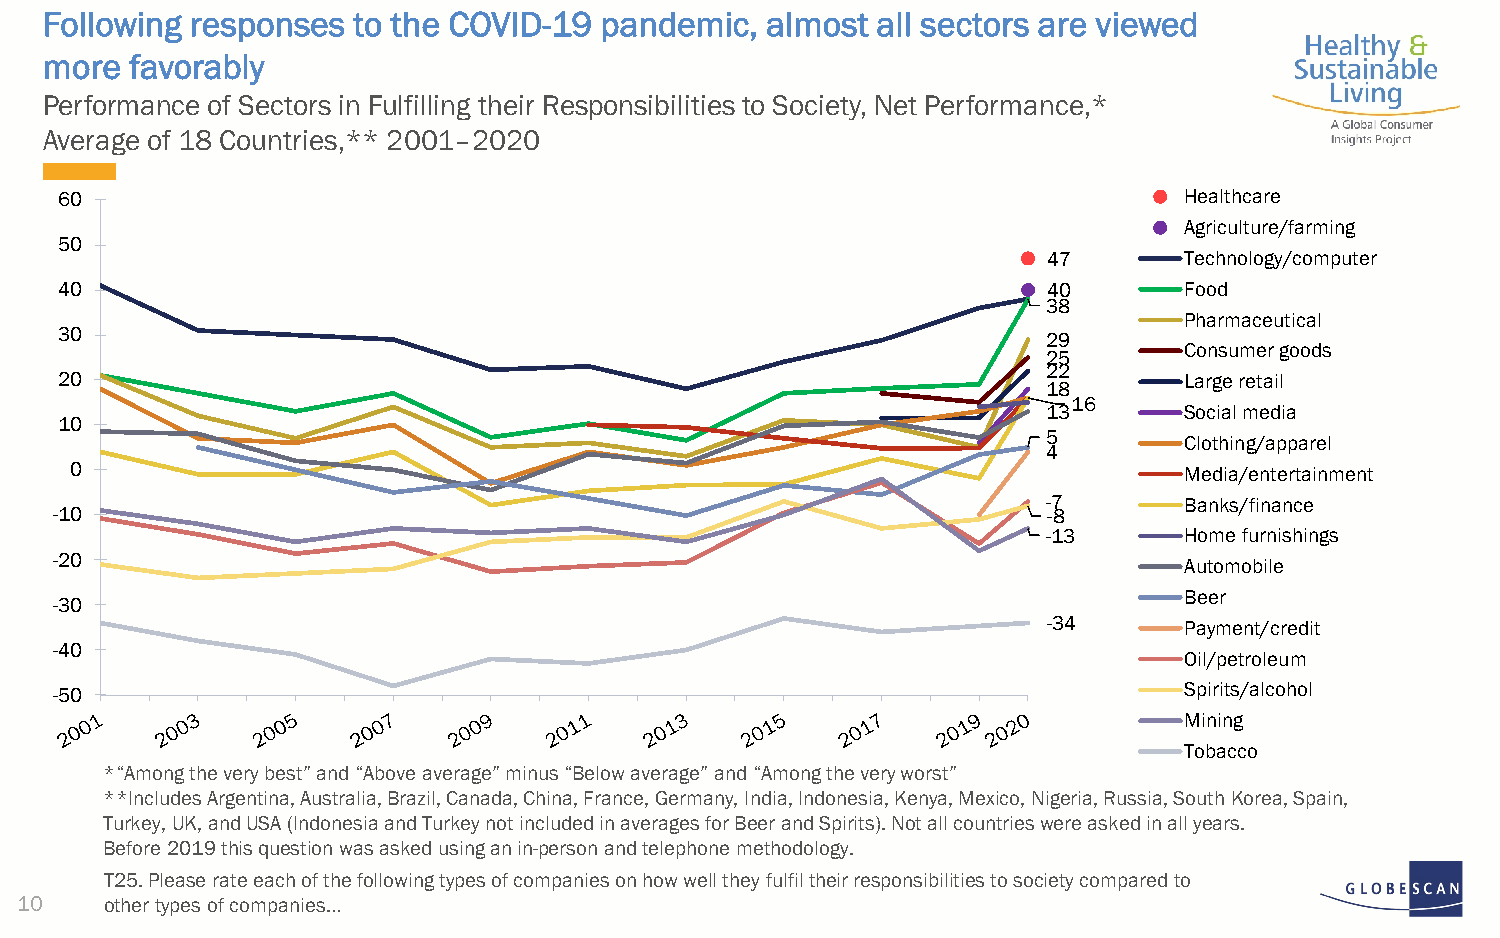
Following responses to the COVID-19  pandemic,  almost all sectors are viewed
 more  favorably
 Performance of Sectors in Fulfilling their Responsibilities to Society, Net Performance,*
 Average of 18 Countries,** 2001–2020
 60                                                                        Healthcare
 Agriculture/farming
 50
 47       Technology/computer
 40                                                               40       Food
 38
 Pharmaceutical
 30                                                               29
 Consumer goods
 25
 22
 20                                                                        Large retail
 18
 16
 13       Social media
 10
 5        Clothing/apparel
 4
 0                                                                        Media/entertainment
 -7       Banks/finance
 -10                                                               -8
 -13      Home furnishings
 -20
 Automobile
 Beer
 -30
 -34      Payment/credit
 -40
 Oil/petroleum
 -50                                                                        Spirits/alcohol
 Mining
 Tobacco
 *“Among the very best” and “Above average” minus “Below average” and “Among the very worst”
 **Includes Argentina, Australia, Brazil, Canada, China, France, Germany, India, Indonesia, Kenya, Mexico, Nigeria, Russia, SouthKorea, Spain,
 Turkey, UK, and USA (Indonesia and Turkey not included in averages for Beer and Spirits). Not all countries were asked in allyears.
 Before 2019 this question was asked using an in-person and telephone methodology.
 T25. Please rate each of the following types of companies on how well they fulfil their responsibilities to society compared to
 10    other types of companies…